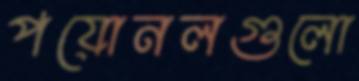
পয়োনলগুলো